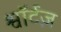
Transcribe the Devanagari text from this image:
श्वॉर्टज़